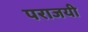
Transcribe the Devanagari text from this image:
पराजयी